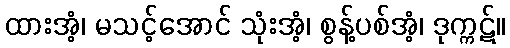
ထားအံ့၊ မသင့်အောင် သုံးအံ့၊ စွန့်ပစ်အံ့၊ ဒုက္ကဋ်။